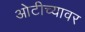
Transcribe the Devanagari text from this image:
ओटीच्यावर